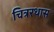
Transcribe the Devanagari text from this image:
चित्ररथास